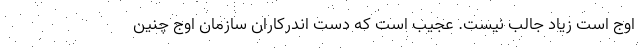
اوج است زیاد جالب نیست. عجیب است که دست اندرکاران سازمان اوج چنین